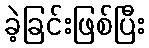
ခဲ့ခြင်းဖြစ်ပြီး